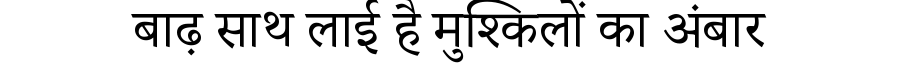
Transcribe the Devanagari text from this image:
बाढ़ साथ लाई है मुश्किलों का अंबार